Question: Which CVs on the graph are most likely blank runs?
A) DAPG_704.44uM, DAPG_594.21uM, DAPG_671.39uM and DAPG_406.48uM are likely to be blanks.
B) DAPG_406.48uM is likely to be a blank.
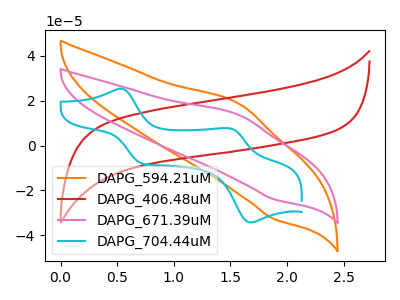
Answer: <think>The orange curve "DAPG_594.21uM" has an anodic peak at (1.55V, 18.85uA) and a cathodic peak at (1.90V, -32.70uA). The red curve "DAPG_406.48uM" has no peaks. The pink curve "DAPG_671.39uM" has an anodic peak at (1.55V, 13.75uA) and a cathodic peak at (1.90V, -23.95uA). The cyan curve "DAPG_704.44uM" has anodic peaks at (0.50V, 25.35uA) (1.50V, 7.75uA) and cathodic peaks at (0.70V, -7.90uA) (1.70V, -34.25uA).</think>
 <answer>B) "DAPG_406.48uM" is likely to be a blank.</answer>
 <eval>B</eval>